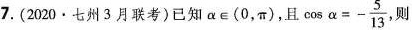
7. (2020·七州3月联考)已知$$\alpha \epsilon (0，\pi)$$，且 $$\cos \alpha =- \frac{5}{13}$$, 则